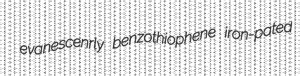
evanescenrly benzothiophene iron-pated